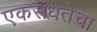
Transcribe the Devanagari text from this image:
एकसंधतेचा